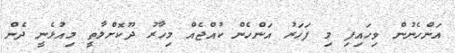
އަންހެނުން ވިހައިފި މި ފަހަރު އަންހެން ކުއްޖެއް މިހާރު ދޫކޮށްލާތީ މިއުޅެނީ ދެން